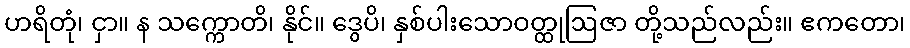
ဟရိတုံ၊ ငှာ။ န သက္ကောတိ၊ နိုင်။ ဒွေပိ၊ နှစ်ပါးသောဝတ္ထုဩဇာ တို့သည်လည်း။ ဧကတော၊